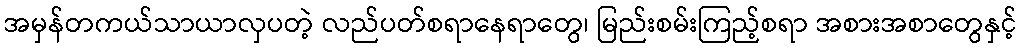
အမှန်တကယ်သာယာလှပတဲ့ လည်ပတ်စရာနေရာတွေ၊ မြည်းစမ်းကြည့်စရာ အစားအစာတွေနှင့်